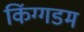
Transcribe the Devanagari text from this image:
किंग्गडम